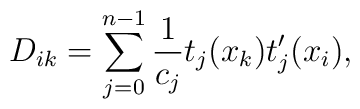
D_{ik}=\sum ^{n-1}_{j=0}\frac{1}{c_{j}}t_{j}(x_{k})t_{j}^{\prime }(x_{i}),